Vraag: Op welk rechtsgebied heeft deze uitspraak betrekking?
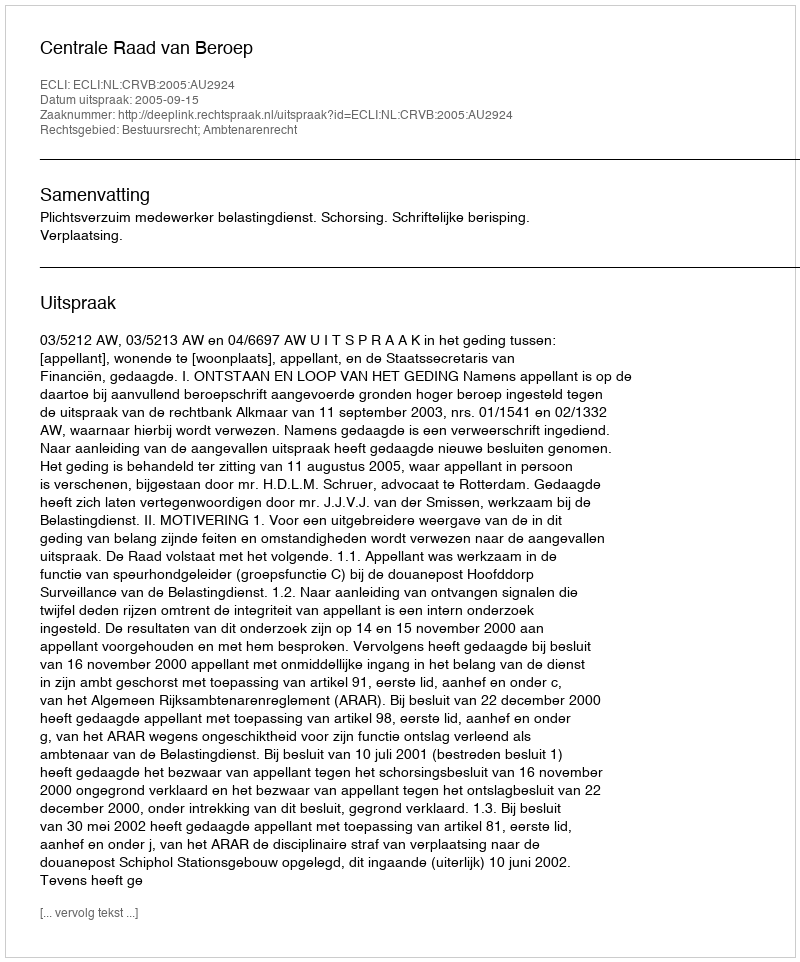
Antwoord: Bestuursrecht; Ambtenarenrecht